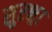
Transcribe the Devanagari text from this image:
सुरक्ष्रा